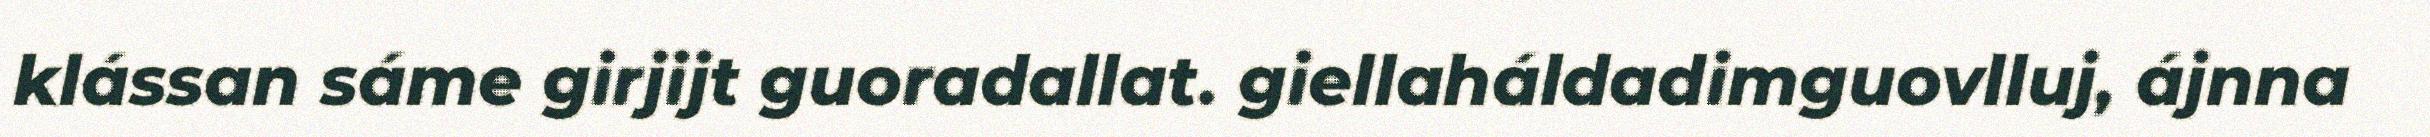
klássan sáme girjijt guoradallat. giellaháldadimguovlluj, ájnna